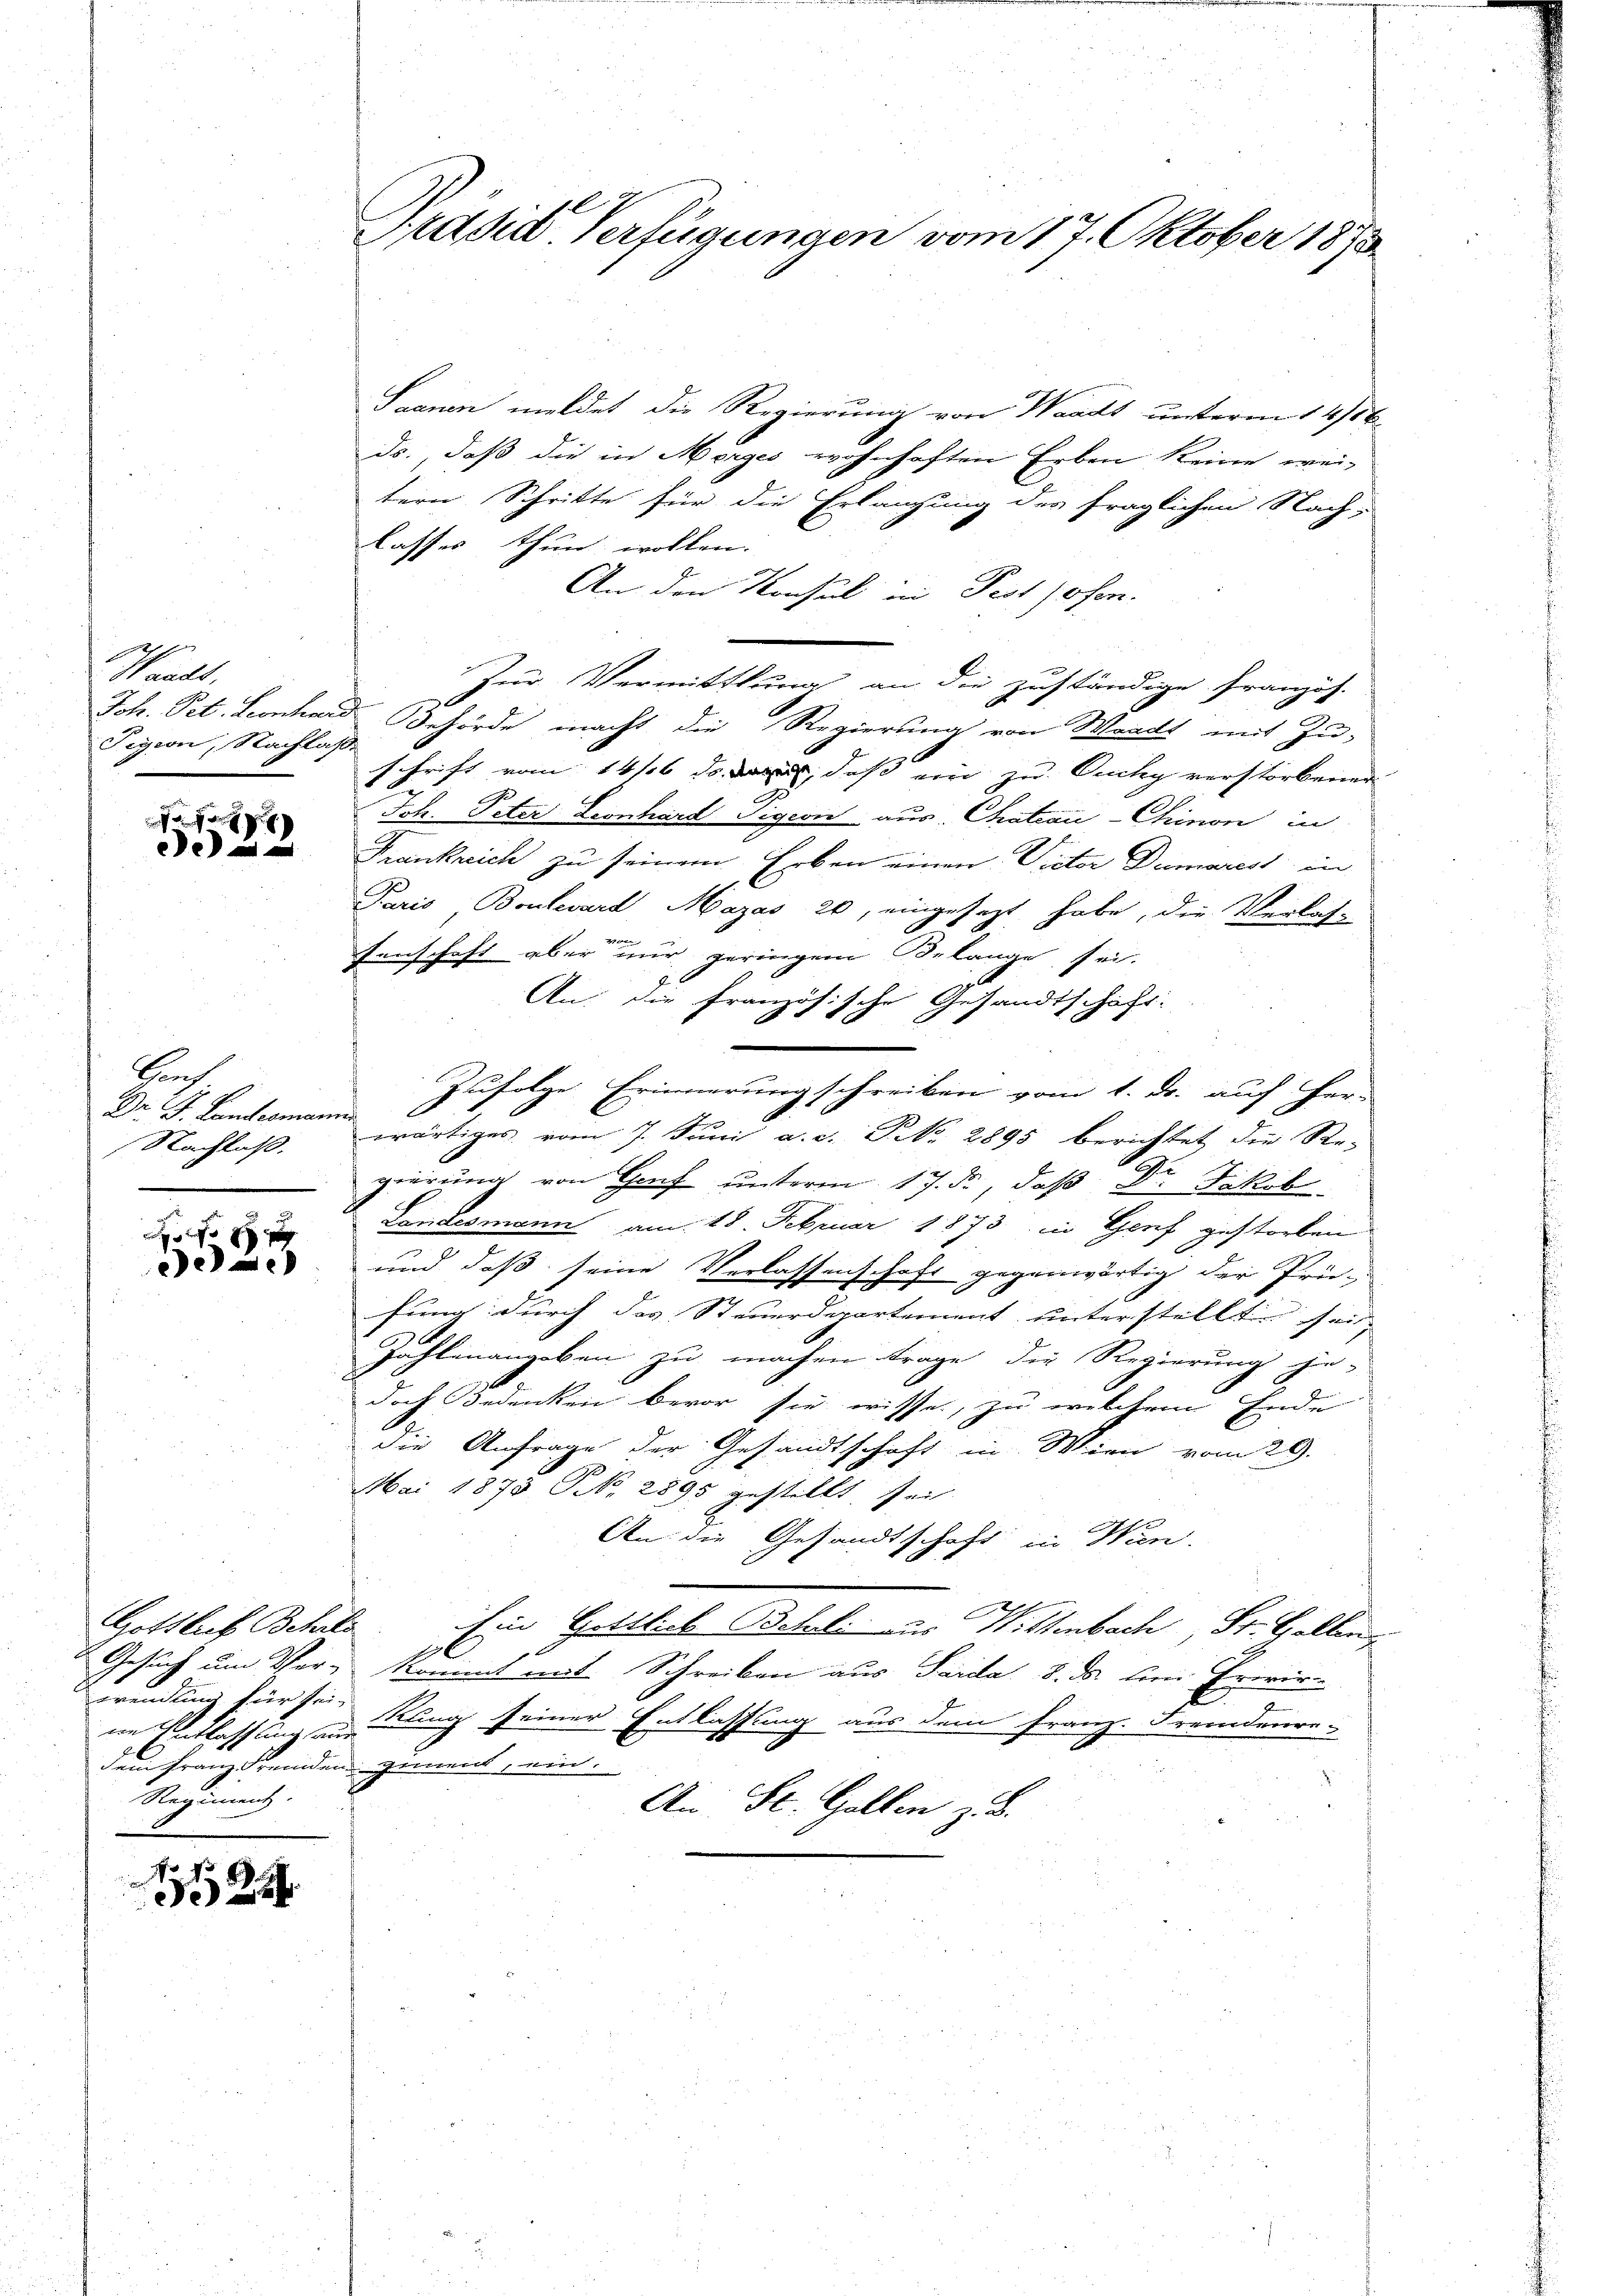
4
Waadt,
Pigion, Nachlaße

ede

Brach
Dr. J. Landesmann
Nachlaß.

10 x
e

Saanen meldet die Regierung von Waadt unterm 14/56.
ds. daß die in Morges wohnhaften Erben keine wei-
tern Schritte für die Erlangung des fraglichen Nach-
lasses thun wollen.
An den Konsul in Pest sofen.
Zur Vermittlung an die zuständige Französ.
Joh. Pet. Leonhard Behörde macht die Regierung von Waadt mit Zu-
schrift vom 14/6 ds., daß ein zu Qucky verstorbener
Joh. Peter Leonhard Pigcon aus Chateau-Chinon in
Frankreich zu seinem Erben einen Victor Dumarest in
Paris Boulevard Mazas 20, eingesezt habe, die Verlas-
senschaft aber nur geringem Belange sei.
An die Französische Gesandtschaft:
Zufolge Erinnerung schreiben vom 1. ds. auf Her-

wärtiges vom 7. Juni a.c. No. 2895 berichtet die Re-
2
gierung von Hof unterm 17. d., daß d. Jakob
Landesmann am 18. Februar 1873 in Genf gestorben
und daß seine Verlassenschaft gegenwärtig der Prüfung durch das Steuerdepartement unterstellte sei,
Zahlenangeben zu machen Frage, die Regierung je-
doch Bedenken bevor sie wisse, zu welchem Ende
die Anfrage der Gesandtschaft in Wien vom 29.
Mai 1873 S. 2895 gestellt, sei
An die Gesandtschaft in Wien.
Ein Gottlieb Beheli aus Wittenbach, St. Gallen
Gesuch um Ver- Kommt mit Schreiben aus Saida 8. ds. bei Privir-
t
wendung für sein Rang seiner Entlassung aus dem Franz. Fremdenre-
dem franz Fremden gement, ein.
An St. Gallen z. B.

Gottlich Behrlo
ne Entlassung aus
Regiment.

2

Präsid Verfügungen vom 17. Oktober 1873